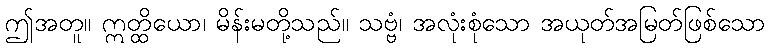
ဤအတူ။ ဣတ္ထိယော၊ မိန်းမတို့သည်။ သဗ္ဗံ၊ အလုံးစုံသော အယုတ်အမြတ်ဖြစ်သော